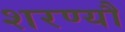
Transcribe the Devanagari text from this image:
शरण्यौ